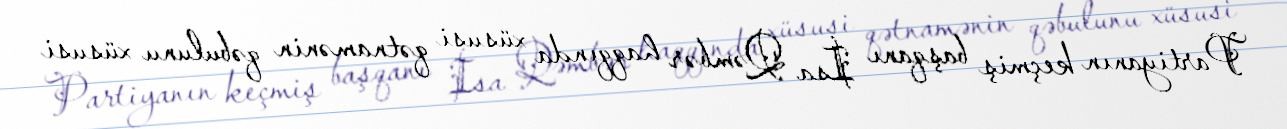
Partiyanın keçmiş başqanı İsa Qəmbər haqqında xüsusi qətnamənin qəbulunu xüsusi